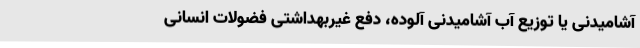
آشامیدنی یا توزیع آب آشامیدنی آلوده، دفع غیربهداشتی فضولات انسانی